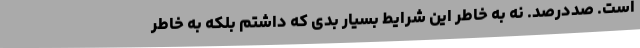
است. صددرصد. نه به خاطر این شرایط بسیار بدی که داشتم بلکه به خاطر